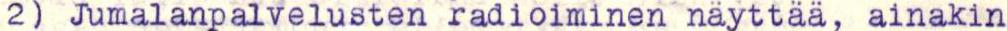
2) Jumalanpalvelusten radioiminen näyttää, ainakin